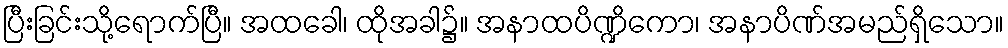
ပြီးခြင်းသို့ရောက်ပြီ။ အထခေါ၊ ထိုအခါ၌။ အနာထပိဏ္ဍိကော၊ အနာပိဏ်အမည်ရှိသော။